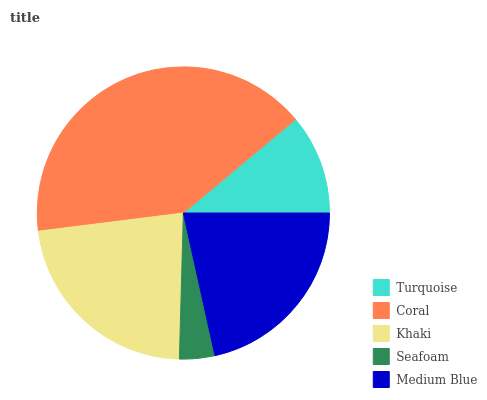
| Turquoise | Coral | Khaki | Seafoam | Medium Blue |
 | --- | --- | --- | --- | --- |
 | 11.1% | 40.9% | 22.6% | 3.9% | 21.5% |